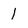
Character: 1